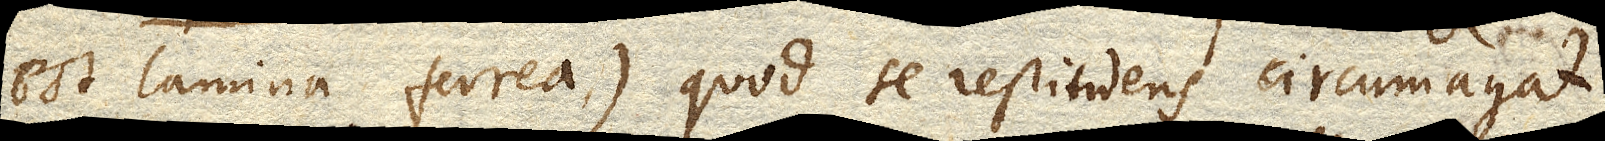
est lamina ferrea) quod se restituens circumagat